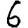
Digit: 6